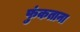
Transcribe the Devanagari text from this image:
फुंकताना